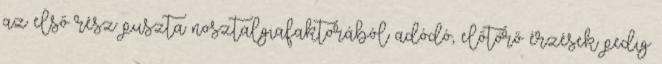
az első rész puszta nosztalgiafaktorából adódó, előtörő érzések pedig